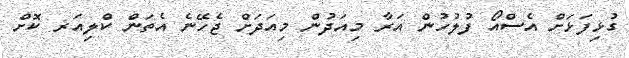
ގުޅިފަޅަށް އެސްއޯ ފުލުހުން އަރާ މިއަދުން މިއަދަށް ޖެހޭނެ އެތަން ކްލިއަރ ކޮށް